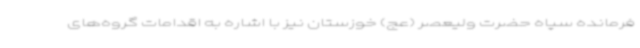
فرمانده سپاه حضرت ولیعصر (عج) خوزستان نیز با اشاره به اقدامات گروه‌های